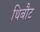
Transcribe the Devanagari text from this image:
थिबौट